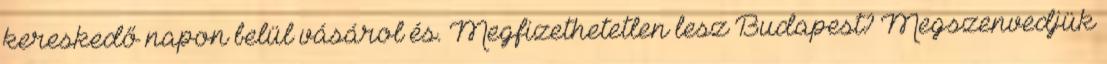
kereskedő napon belül vásárol és. Megfizethetetlen lesz Budapest? Megszenvedjük